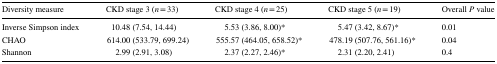
<table><thead><tr><td><b>Diversity measure</b></td><td><b>CKD stage 3 (<i>n</i> = 33)</b></td><td><b>CKD stage 4 (<i>n</i> = 25)</b></td><td><b>CKD stage 5 (<i>n</i> = 19)</b></td><td><b>Overall <i>P</i> value</b></td></tr></thead><tbody><tr><td>Inverse Simpson index</td><td>10.48 (7.54, 14.44)</td><td>5.53 (3.86, 8.00)*</td><td>5.47 (3.42, 8.67)*</td><td>0.01</td></tr><tr><td>CHAO</td><td>614.00 (533.79, 699.24)</td><td>555.57 (464.05, 658.52)*</td><td>478.19 (507.76, 561.16)*</td><td>0.04</td></tr><tr><td>Shannon</td><td>2.99 (2.91, 3.08)</td><td>2.37 (2.27, 2.46)*</td><td>2.31 (2.20, 2.41)</td><td>0.4</td></tr></tbody></table>